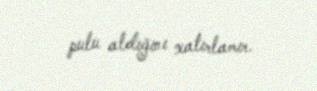
pulu aldığını xatırlamır.